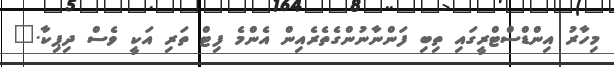
މިހާރު އިންޑްސްޓްރީގައި ތިބި ފަންނާނުންގެތެރެއިން އެންމެ ފިޓް ތަރި އަކީ ވެސް ދިޕިކާ."